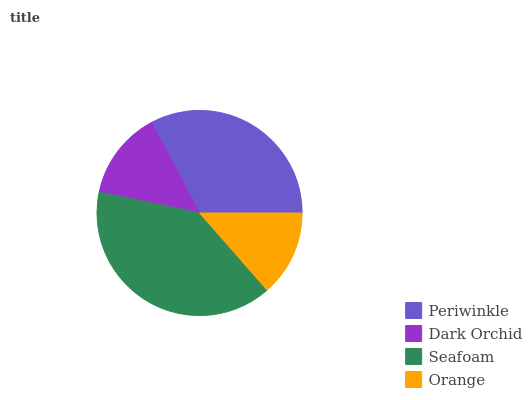
| Periwinkle | Dark Orchid | Seafoam | Orange |
 | --- | --- | --- | --- |
 | 32.8% | 14% | 39.6% | 13.5% |